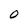
Character: 0